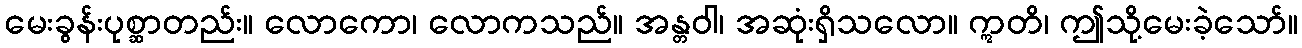
မေးခွန်းပုစ္ဆာတည်း။ လောကော၊ လောကသည်။ အန္တဝါ၊ အဆုံးရှိသလော။ ဣတိ၊ ဤသို့မေးခဲ့သော်။